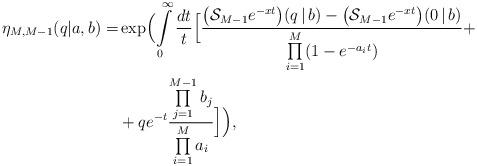
LaTeX: \begin{align*}\eta_{M, M-1}(q|a, b) =& \exp\Bigl( \int\limits_0^\infty \frac{dt}{t} \Bigl[\frac{\bigl(\mathcal{S}_{M-1} e^{-xt}\bigr)(q\,|\,b)-\bigl(\mathcal{S}_{M-1} e^{-xt}\bigr)(0\,|\,b)}{\prod\limits_{i=1}^M (1-e^{-a_i t})}+ \\ & + qe^{-t} \frac{\prod\limits_{j=1}^{M-1} b_j}{\prod\limits_{i=1}^M a_i}\Bigr]\Bigl),\end{align*}